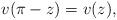
LaTeX: \begin{align*}v(\pi-z)=v(z),\end{align*}